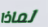
لماذا